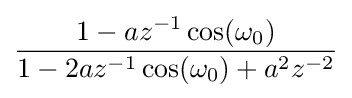
{\frac {1-az^{-1}\cos(\omega _{0})}{1-2az^{-1}\cos(\omega _{0})+a^{2}z^{-2}}}